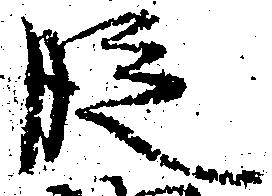
段